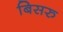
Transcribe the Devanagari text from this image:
बिसरु